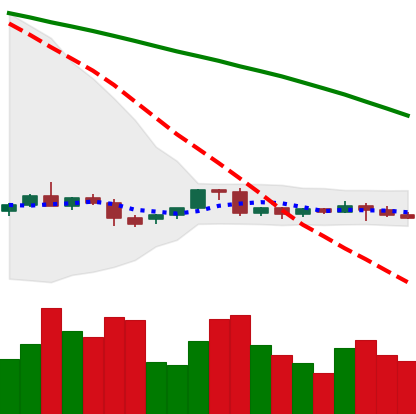
Ticker: EOS-USD
Chart end date: 2022-06-09
Forward return: -24.303%
Label: down_7plus